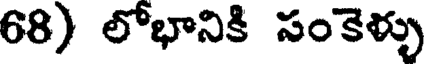
68) లోభానికి సంకెళ్ళు